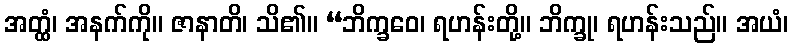
အတ္ထံ၊ အနက်ကို။ ဇာနာတိ၊ သိ၏။ “ဘိက္ခဝေ၊ ရဟန်းတို့။ ဘိက္ခု၊ ရဟန်းသည်။ အယံ၊